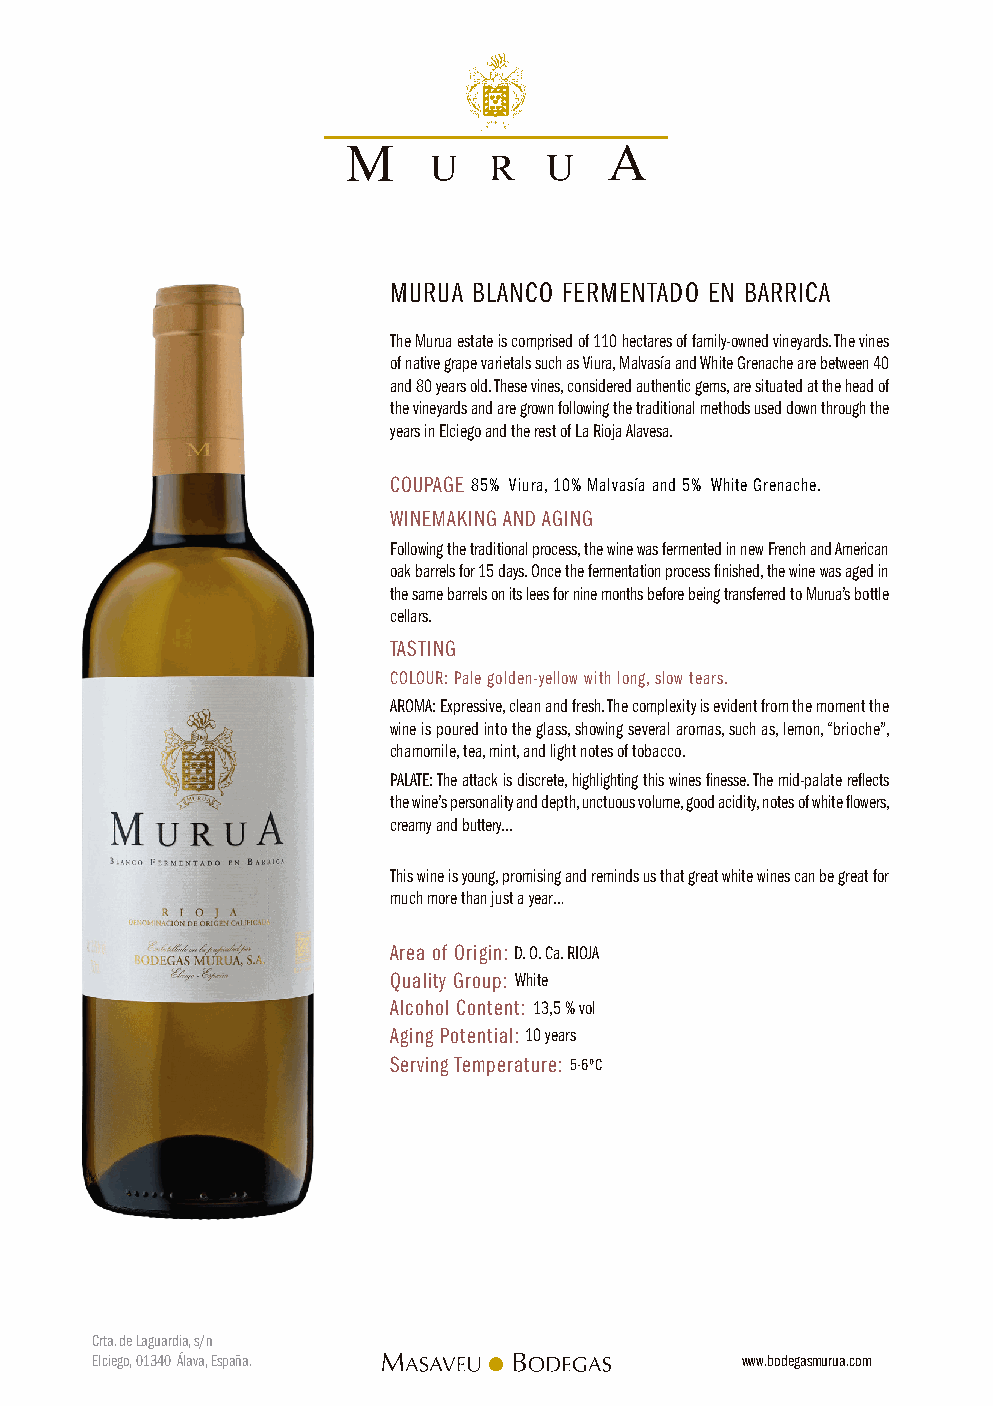
MURUA BLANCO FERMENTADO EN BARRICA
 The Murua estate is comprised of 110 hectares of family-owned vineyards. The vines
 of native grape varietals such as Viura, Malvasía and White Grenache are between 40
 and 80 years old. These vines, considered authentic gems, are situated at the head of
 the vineyards and are grown following the traditional methods used down through the
 years in Elciego and the rest of La Rioja Alavesa.
 COUPAGE 85% Viura, 10% Malvasía and 5% White Grenache.
 WINEMAKING AND AGING
 Following the traditional process, the wine was fermented in new French and American
 oak barrels for 15 days. Once the fermentation process finished, the wine was aged in
 the same barrels on its lees for nine months before being transferred to Murua’s bottle
 cellars.
 TASTING
 COLOUR: Pale golden-yellow with long, slow tears.
 AROMA: Expressive, clean and fresh. The complexity is evident from the moment the
 wine is poured into the glass, showing several aromas, such as, lemon, “brioche”,
 chamomile, tea, mint, and light notes of tobacco.
 PALATE: The attack is discrete, highlighting this wines finesse. The mid-palate reflects
 the wine’s personality and depth, unctuous volume, good acidity, notes of white flowers,
 creamy and buttery...
 This wine is young, promising and reminds us that great white wines can be great for
 much more than just a year…
 Area of Origin: D. O. Ca. RIOJA
 Quality Group: White
 Alcohol Content: 13,5 % vol
 Aging Potential: 10 years
 Serving Temperature: 5-6ºC
 Crta. de Laguardia, s/n
 Elciego, 01340 Álava, España.              www.bodegasmurua.com